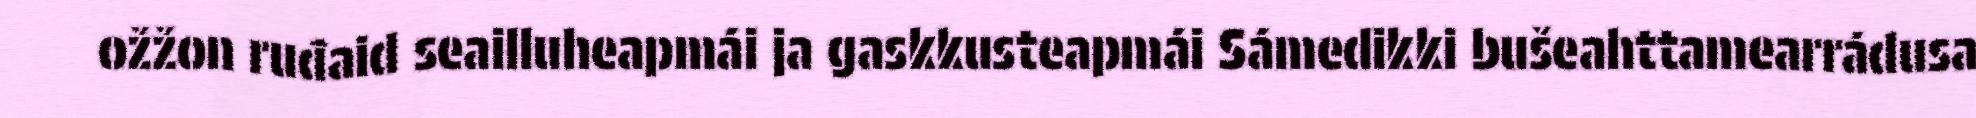
ožžon ruđaid seailluheapmái ja gaskkusteapmái Sámedikki bušeahttamearrádusa